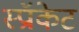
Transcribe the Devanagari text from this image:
स्प्रॉकेट